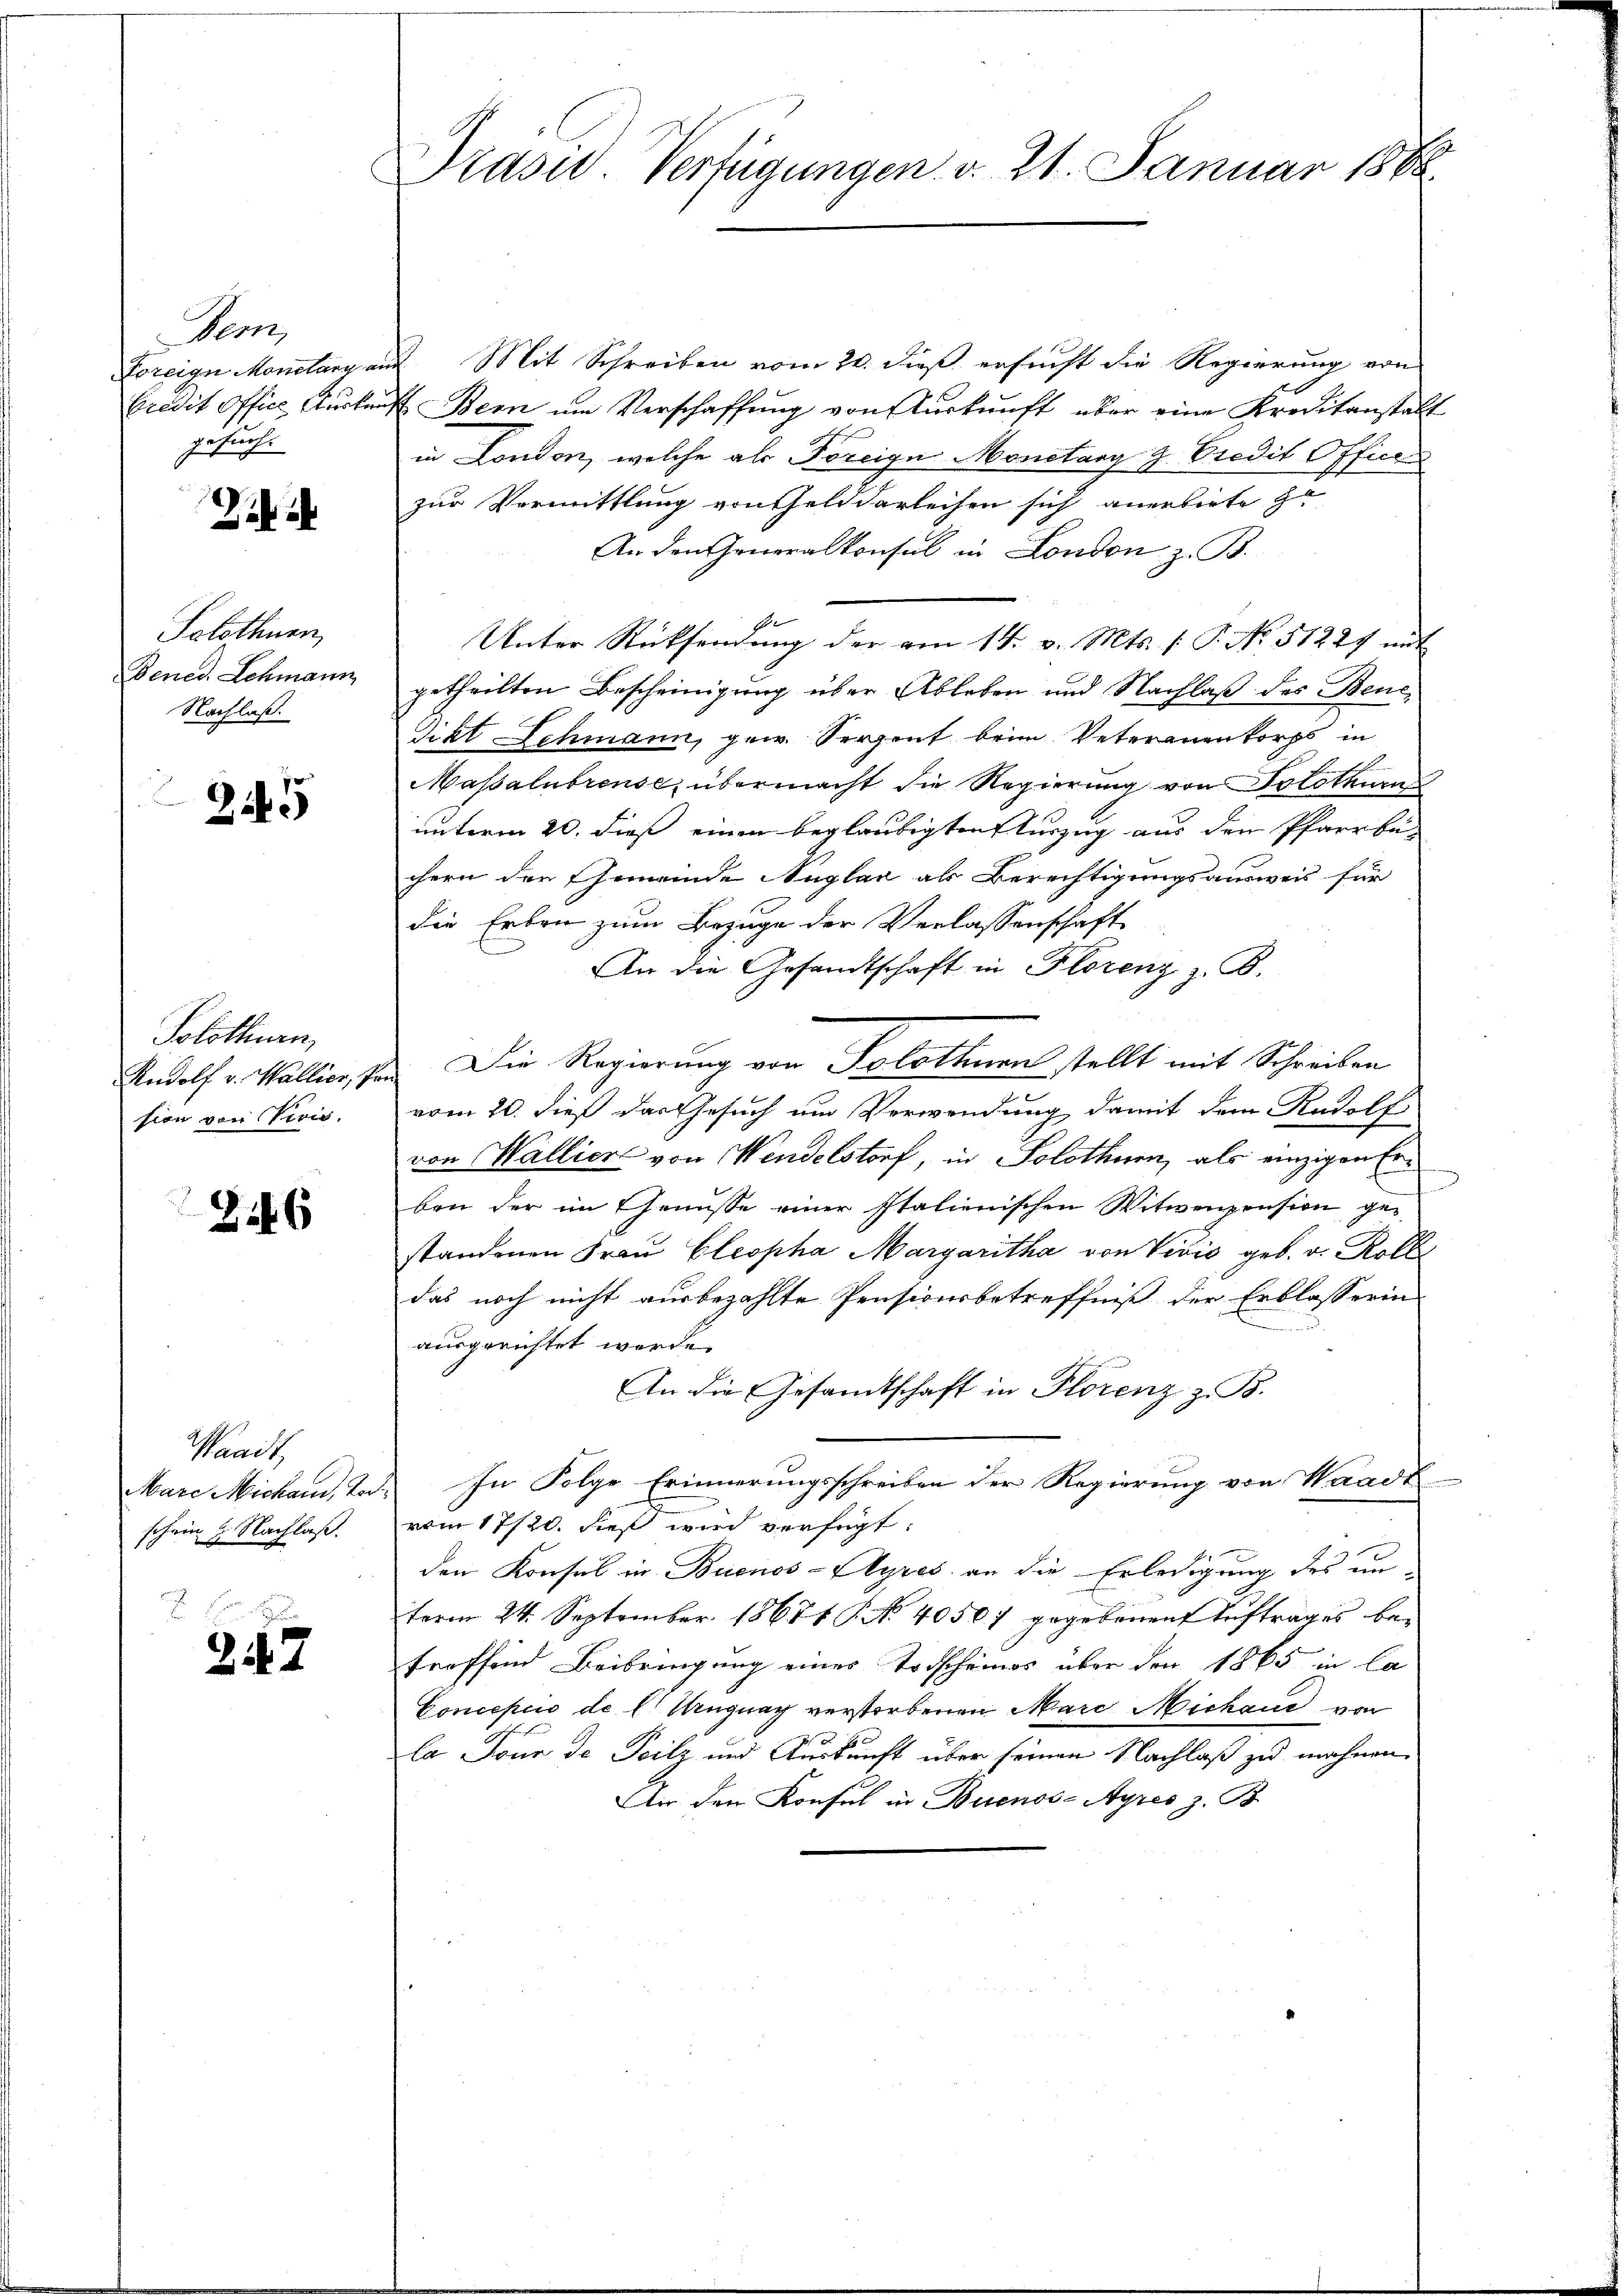
Bern,
gesuch.

Zih

Solothurn,
Denes Schmann
Nachlaß.

245

Solothurn,
Rudolf v. Wallier,
sion von Divis.

2146

Waadt,
Mare Michaus, Vor
schein 2. Nachlaß.

247

Präsid. Verfügungen v. 21. Januar 1888.

Foreige Montany auf Mit Schreiben vom 20. dieß ersucht die Regierung von
Credit Office Auskunft Bern um Verschaffung von Auskunft über eine Kreditanstalt
in London, welche als Foreige Montany 9 Predit Offici
zur Vermittlung von helddarleihen sich anerbiete zu
An den Generalkonsul in London z. B.
Unter Rücksendung der am 14. v. Mts. f. P. No. 51224 mit
getheilten Bescheinigung über Ableben und Nachlaß des Bene¬
Sikt Schmann, gew. Serpent beim Veterauenkorps in
Massalnbrense, übermacht die Regierung von Solothurn
unterm 20. dieß einen beglaubigten Verzug aus den Pfarrbe-
chern der Gemeinde Auglaz als Berechtigungsausweis für
die Erben zum Bezuge der Verlassenschaft
An die Gesandtschaft in Florenz z. B.
de. Die Regierung von Solothurn stellt mit Schreiben
vom 20. dieß das Gesuch um Verwendung damit dem Radolf
von Wallier von Wendelstorf, in Solothur, als einzigen Erben der im Genüsse einer Italienischen Witwenpension gestandenen Frau Cleopha Margaritha von Vivić geb. v. Roll
das noch nicht ausbezahlte Pensionsbetreffniß der Erblasserin
und
ausgerichtet werde.
An die Gesamtschaft in Florenz z. B.
d. In Folge Erinnerungsschreiben der Regierung von Waadt
vom 17/20. dieß wird verfügt:
den Konsul in Buenos-Ayres an die Erledigung des un-
term 24. September 18671 P. No. 40501 gegebenen Aŭftrages be-
treffend Beibringung einer Todscheines über den 1865 in la
Concepiis de l. Ungnay verstorbenen Marc Michaud von
la Tone de Teilz und Auskunft über seinen Nachlaß zu mahnen.
Air den Konsul in Buenos-Ayres z. B.